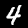
Digit: 4